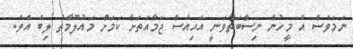
ނަމަވެސް އެ މީހުން ނިސްބަތްވަނީ އައިއެސް ޖަމާއަތަށް ކަަމަށް މައުލޫމާތު ލިބެ އެވެ.